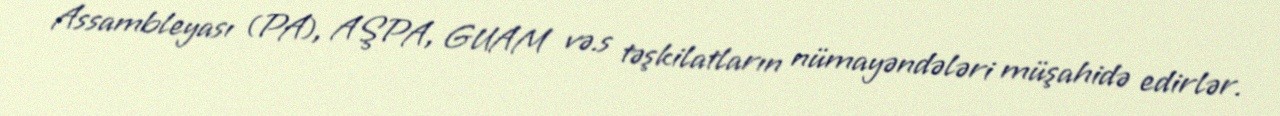
Assambleyası (PA), AŞPA, GUAM və.s təşkilatların nümayəndələri müşahidə edirlər.